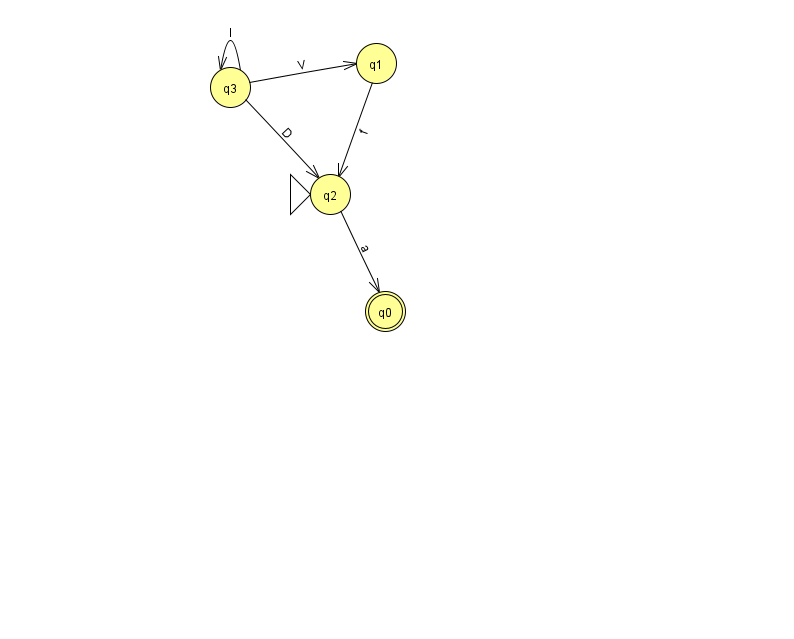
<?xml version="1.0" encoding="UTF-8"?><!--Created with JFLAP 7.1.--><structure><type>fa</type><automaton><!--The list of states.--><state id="0" name="q0"><x>385.0</x><y>298.0</y><final/></state><state id="1" name="q1"><x>376.0</x><y>50.0</y></state><state id="2" name="q2"><x>330.0</x><y>181.0</y><initial/></state><state id="3" name="q3"><x>230.0</x><y>74.0</y></state><!--The list of transitions.--><transition><from>2</from><to>0</to><read>a</read></transition><transition><from>3</from><to>2</to><read>D</read></transition><transition><from>3</from><to>3</to><read>I</read></transition><transition><from>3</from><to>1</to><read>V</read></transition><transition><from>1</from><to>2</to><read>f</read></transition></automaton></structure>